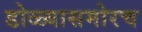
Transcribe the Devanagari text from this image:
डोळ्यासमोरच